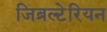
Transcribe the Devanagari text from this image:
जिब्रल्टेरियन